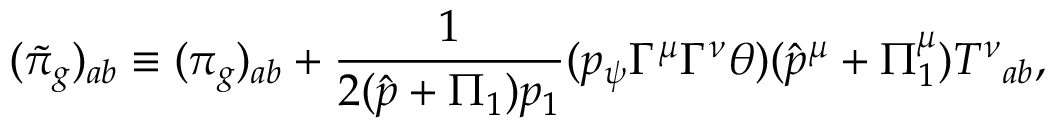
( \tilde { \pi } _ { g } ) _ { a b } \equiv ( \pi _ { g } ) _ { a b } + \frac 1 { 2 ( \hat { p } + \Pi _ { 1 } ) p _ { 1 } } ( p _ { \psi } \Gamma ^ { \mu } \Gamma ^ { \nu } \theta ) ( \hat { p } ^ { \mu } + \Pi _ { 1 } ^ { \mu } ) { T ^ { \nu } } _ { a b } ,